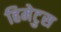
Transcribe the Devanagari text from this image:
हिमेटुस